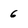
Character: 6